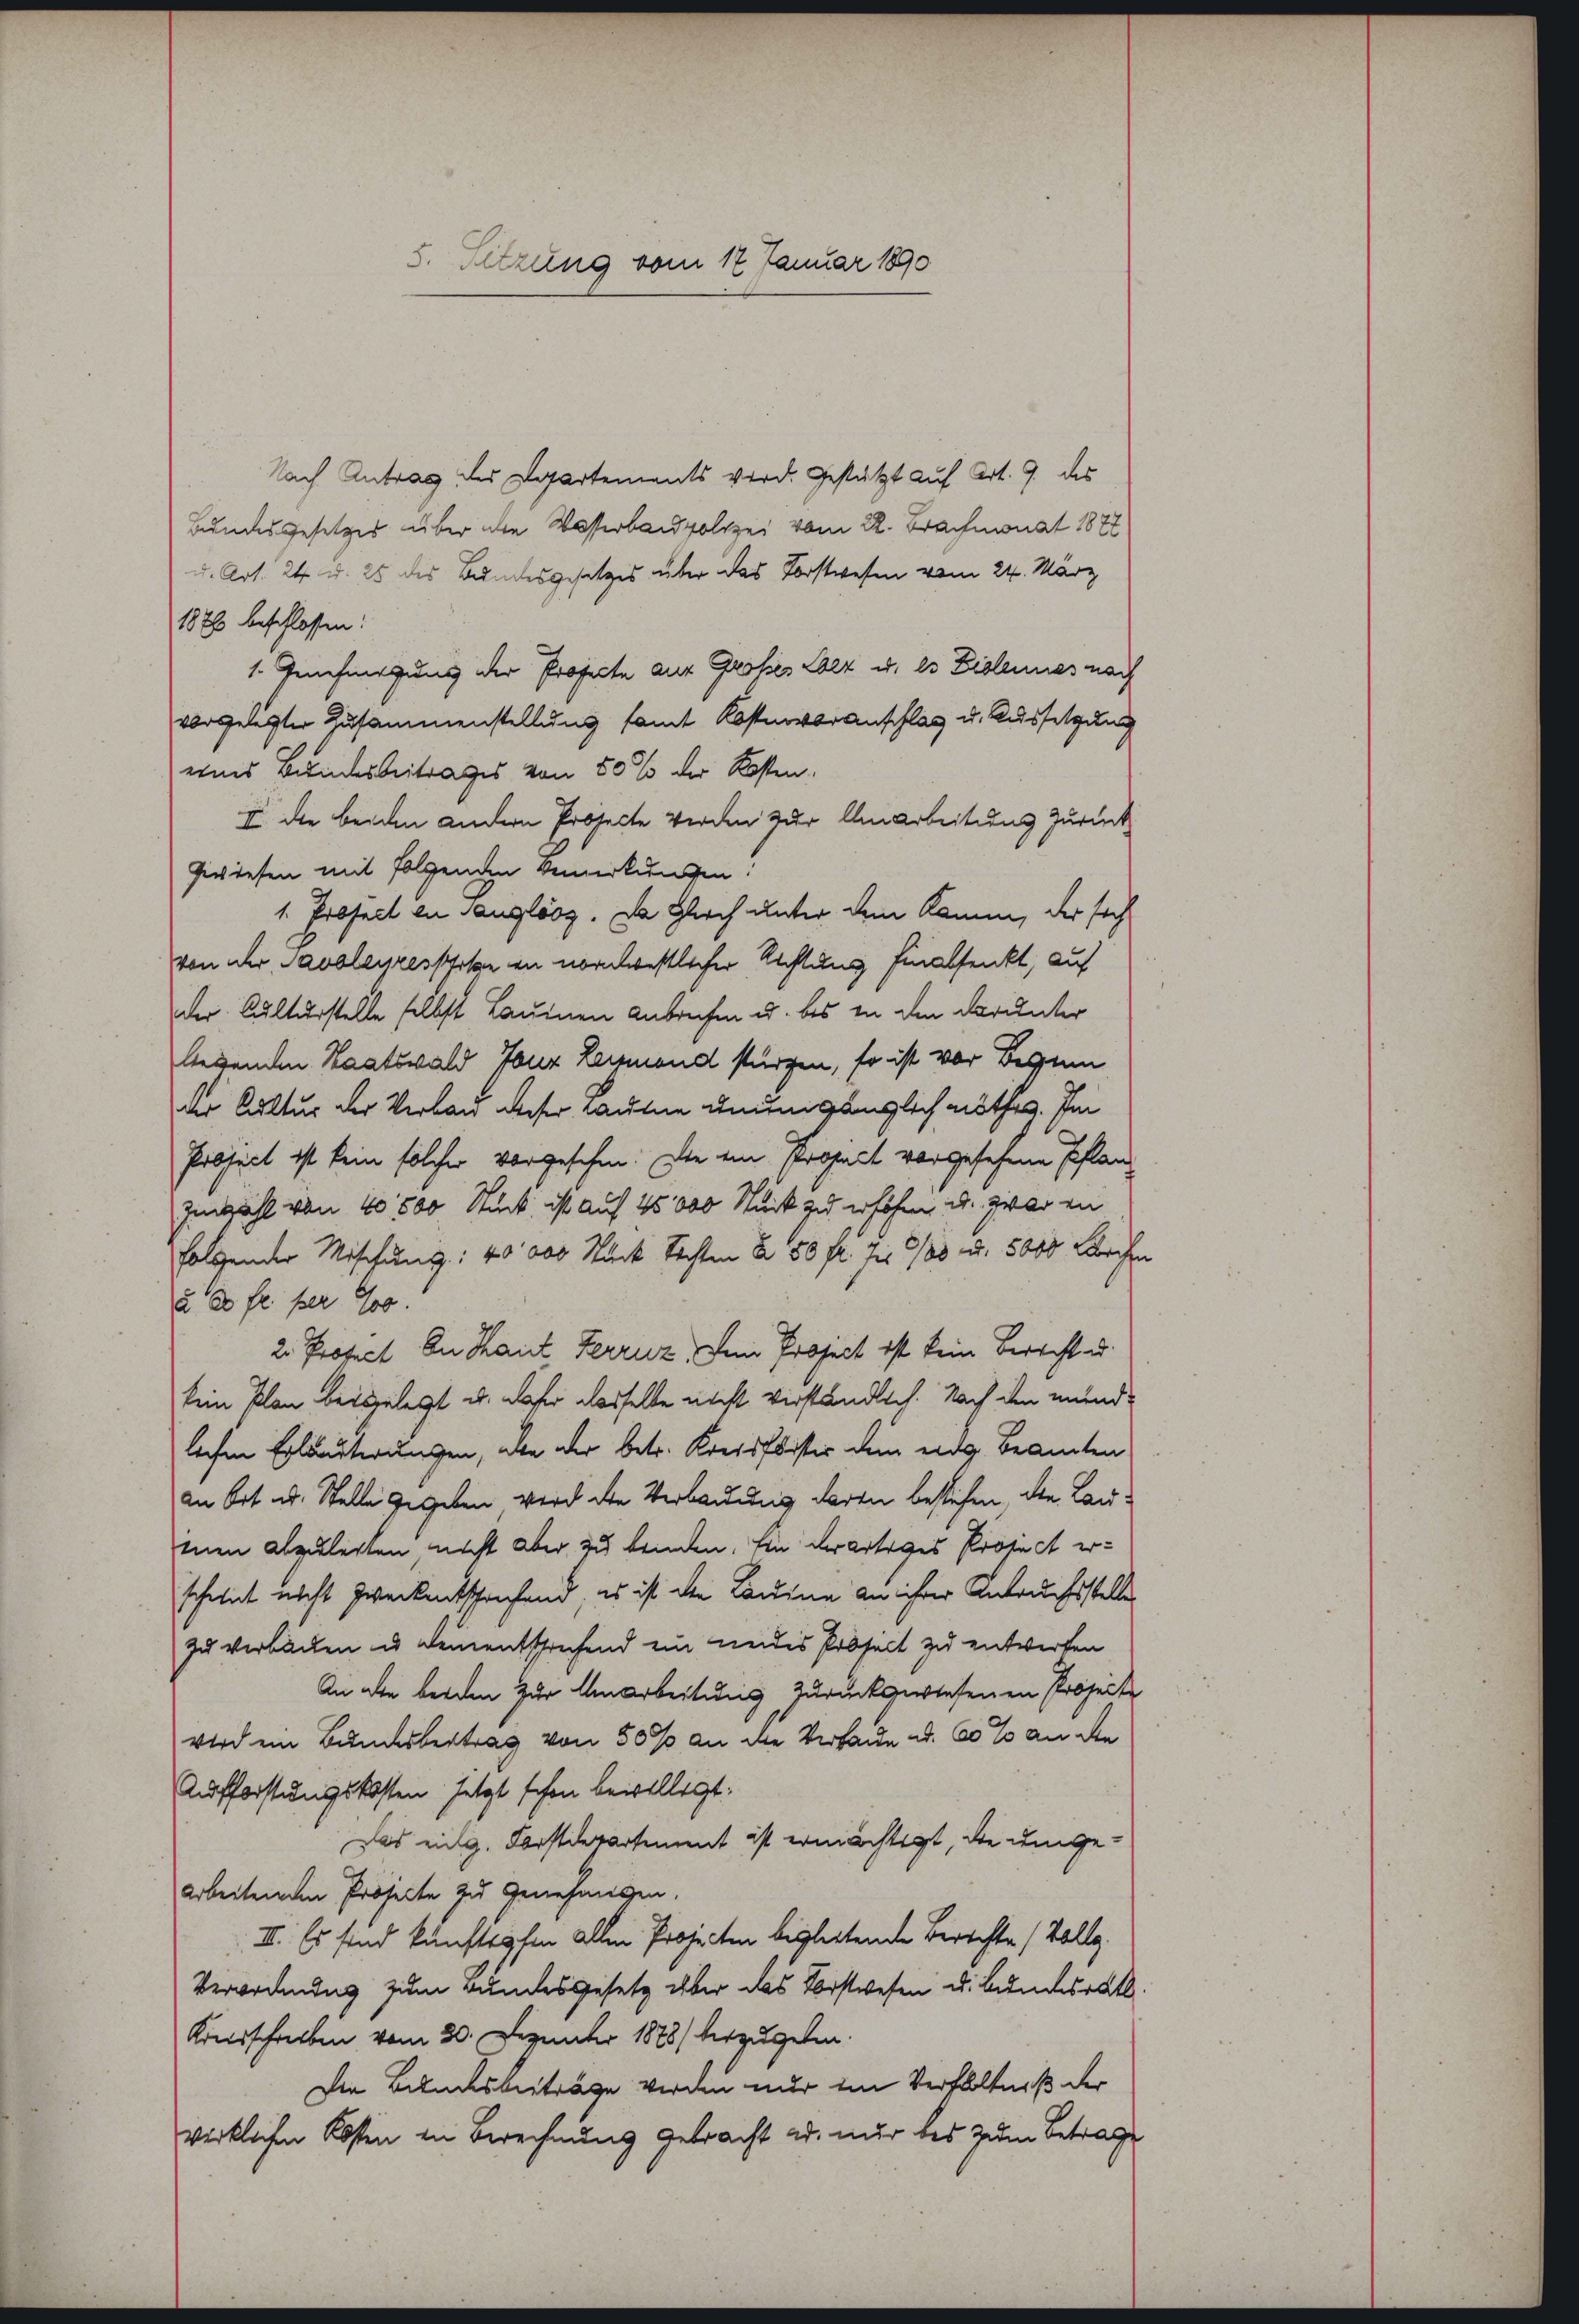
5. Sitzung vom 12 Januar 1890

Nach Antrag des Departements wird. Gestützt auf Art. 9. des
Bundesgesetzes über die Wasserbaupolizei vom R. Brachmonat 1877
u. Art. 24. d. 25 des Bundesgesetzes über das Forstwesen vom 24. März
1876 beschlossen:
1. Genehmigung der Professo aus Großes Aber u. es Eislennes nach
vorgelegter Zusammenstellung samt Kostenvoranschlag u. Aussetzung
eines Bundesbeitrages von 50 % der Kosten.
II die beiden andern Projecte werden zur Anarbeitung zurück
Giwiesen mit folgenden Vermerkungen!
1. Prosect zu Sanglos. Da gleich unter dem Kamm, der sich
von der Savoleyres schose in nordwestlicher Richtung finalsenkt, auf
der Culturstelle selbst Lauren Anbrechen u. bis in den darunter
lebenden Staatswald Tanz Leymond stürzen, so ist vor Bessen
der Cultur der Verland dieser laute unumgänglich nöthig. Im
Pobject ist kein solcher vorgesehen. Die ein Prohalt vorgesehene Pflanz
Imzahl von 40 500 Stück ist auf 45 000 Stück zu erhöhen, u. zwar an
folgender Mischung: 40000 Stück Rechten § 50 fl. Ins 9/88 u. 5000 Lerchen
u 20 fr. per Jos.
2. Profict. In Kant Ferruz, Dein Project ist kein Bericht u.
kein Plan beigelegt u. daher dasselbe nicht verständlich. Nach den mündlichen Erläuterungen, aber der betr. Kreisflister dem eidg. Beamten
an Ort u. Stelle gegeben wird die Verbauung daren bestehen, die Laumnen abzuleiten, nicht aber zu beiden. Ein derartiges Project erscheint nicht zweckentschrifend es ist die Lauine an ihrer Anbruchsstelle
zu verbacken u. deinentsprechend ein neides Proselt zu entwerfen
An die beiden zur Umarbeitung zurückgewiesenen Projecte
wird ein Bundesbertrag von 50% an die Verhaue u. 60 % an den
Aufforstungskosten jetzt schon bewilligt:
Das eing. Forstdepartement ist ermächtigt, die umgearbeitenen Projecte zu genehmigen.
II. Es sind künftighin allen Projecten begleitende Berichte (Vollg.
Verordnung zum Bundesgesetz über das Vorstwesen u. Bundesrätl
Kreisschreiben vom 20. Dezember 1878/ herzugeben.
Im Bundesbeiträge werden nur im Verhältniß der
wirklichen Kosten in Berechnung gebracht ad nur bis zum Betrage